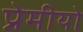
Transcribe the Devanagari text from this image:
प्रेमीयो